Manual of the Civil Veterinary Department, Central Provinces and Berar
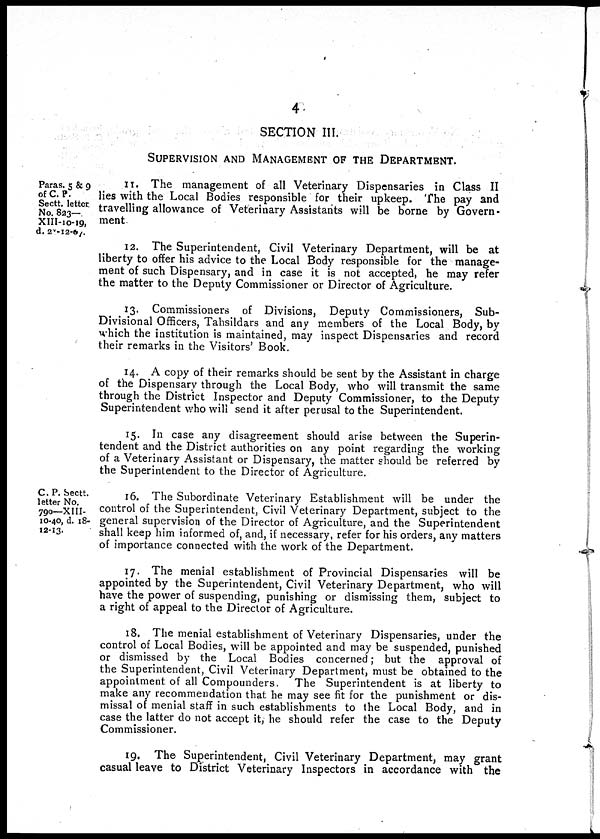
4
SECTION III.
SUPERVISION AND MANAGEMENT OF THE DEPARTMENT.
Paras. 5 & 9
of C. P.
Sectt. letter
No. 823—
XIII-10-19,
d. 2-12-6
11. The management of all Veterinary Dispensaries in Class II
lies with the Local Bodies responsible for their upkeep. The pay and
travelling allowance of Veterinary Assistants will be borne by Govern-
ment
12. The Superintendent, Civil Veterinary Department, will be at
liberty to offer his advice to the Local Body responsible for the manage-
ment of such Dispensary, and in case it is not accepted, he may refer
the matter to the Deputy Commissioner or Director of Agriculture.
13. Commissioners of Divisions, Deputy Commissioners, Sub-
Divisional Officers, Tahsildars and any members of the Local Body, by
which the institution is maintained, may inspect Dispensaries and record
their remarks in the Visitors' Book.
14. A copy of their remarks should be sent by the Assistant in charge
of the Dispensary through the Local Body, who will transmit the same
through the District Inspector and Deputy Commissioner, to the Deputy
Superintendent who will send it after perusal to the Superintendent.
15. In case any disagreement should arise between the Superin-
tendent and the District authorities on any point regarding the working
of a Veterinary Assistant or Dispensary, the matter should be referred by
the Superintendent to the Director of Agriculture.
C. P. Sectt.
letter No.
790—XIII-
10-40, d. 18-
12-13.
16. The Subordinate Veterinary Establishment will be under the
control of the Superintendent, Civil Veterinary Department, subject to the
general supervision of the Director of Agriculture, and the Superintendent
shall keep him informed of, and, if necessary, refer for his orders, any matters
of importance connected with the work of the Department.
17. The menial establishment of Provincial Dispensaries will be
appointed by the Superintendent, Civil Veterinary Department, who will
have the power of suspending, punishing or dismissing them, subject to
a right of appeal to the Director of Agriculture.
18. The menial establishment of Veterinary Dispensaries, under the
control of Local Bodies, will be appointed and may be suspended, punished
or dismissed by the Local Bodies concerned; but the approval of
the Superintendent, Civil Veterinary Department, must be obtained to the
appointment of all Compounders. The Superintendent is at liberty to
make any recommendation that he may see fit for the punishment or dis-
missal of menial staff in such establishments to the Local Body, and in
case the latter do not accept it, he should refer the case to the Deputy
Commissioner.
19. The Superintendent, Civil Veterinary Department, may grant
casual leave to District Veterinary Inspectors in accordance with the